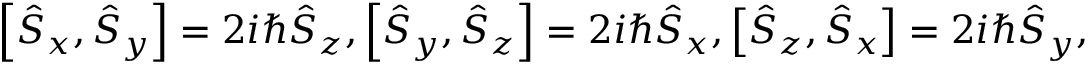
\begin{array} { r } { \left[ \hat { S } _ { x } , \hat { S } _ { y } \right] = 2 i \hbar \hat { S } _ { z } , \left[ \hat { S } _ { y } , \hat { S } _ { z } \right] = 2 i \hbar \hat { S } _ { x } , \left[ \hat { S } _ { z } , \hat { S } _ { x } \right] = 2 i \hbar \hat { S } _ { y } , } \end{array}